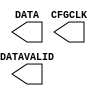
module USR_ACCESSE2 (
  CFGCLK,
  DATA,
  DATAVALID
);

  `ifdef XIL_TIMING

    parameter LOC = "UNPLACED";

  `endif //

  output CFGCLK;
  output DATAVALID;
  output [31:0] DATA;

  specify

    specparam PATHPULSE$ = 0;
  endspecify
endmodule